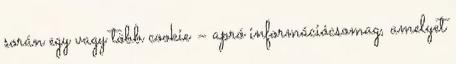
során egy vagy több cookie – apró információcsomag, amelyet